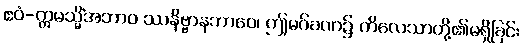
ဧဝံ-ဣမသ္မိံအဘာဝ ဿနိဗ္ဗာနဘာဝေ၊ ဤမဂ်ခဏ၌ ကိလေသာတို့၏မရှိခြင်း